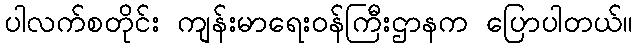
ပါလက်စတိုင်း ကျန်းမာရေးဝန်ကြီးဌာနက ပြောပါတယ်။